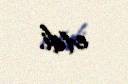
etdi.